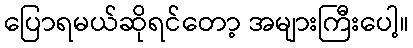
ပြောရမယ်ဆိုရင်တော့ အများကြီးပေါ့။